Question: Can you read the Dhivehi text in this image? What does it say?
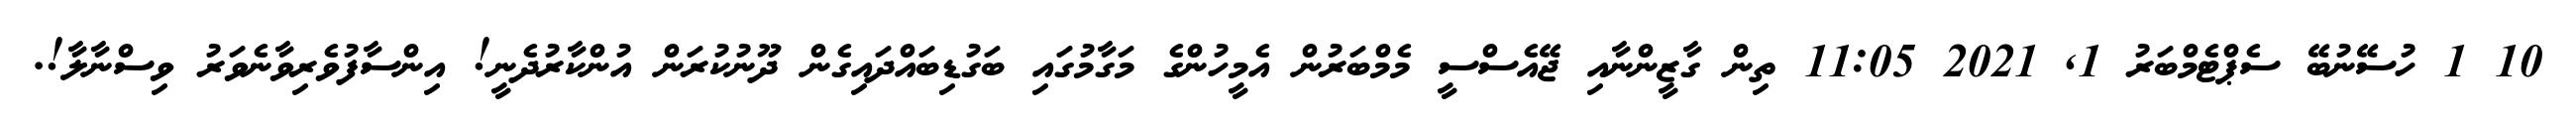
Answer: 10 1 ހުސޭނުބޭ ސެޕްޓެމްބަރު 1, 2021 11:05 ތިން ގާޒީންނާއި ޖޭއެސްސީ މެމްބަރުން އެމީހުންގެ މަގާމުގައި ބަގުޑިބައްދައިގެން ދޫނުކުރަން އުންކާރުދެނީ! އިންސާފުވެރިވާނެވަރު ވިސްނާލާ!.